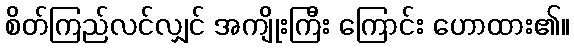
စိတ်ကြည်လင်လျှင် အကျိုးကြီး ကြောင်း ဟောထား၏။